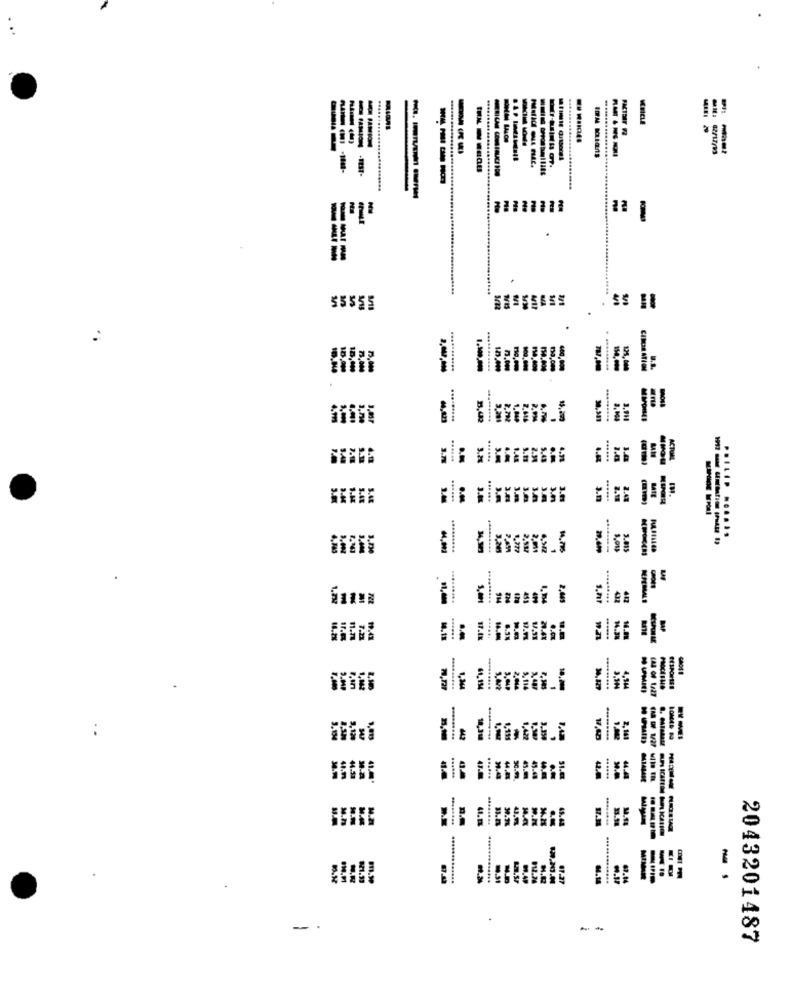
MEICLE
----
--
----
-
....
-
1/1
$5555
......
75,000
.........
CINCIN ATI OM
.........
30.331
3.70
......
3.21
4.44
Ou
CTUUML
......
PHILIP ... DAS
.........
5.015
.........
.........
432
MPEMALT
14.38
.........
5.114
14. 127
.........
4,364
HUMILI
3,120
2.141
--
......
.. ....
MIALASE
........
13.18
-
m.M
1.51
N.B
012.24
47.14
-.
2043201487